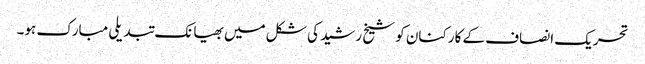
تحریک انصاف کے کارکنان کو شیخ رشید کی شکل میں بھیانک تبدیلی مبارک ہو۔